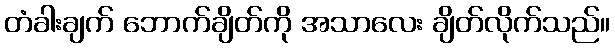
တံခါးချက် ဘောက်ချိတ်ကို အသာလေး ချိတ်လိုက်သည်။